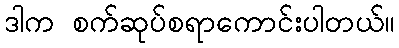
ဒါက စက်ဆုပ်စရာကောင်းပါတယ်။